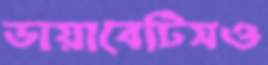
ডায়াবেটিসও